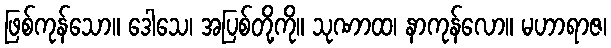
ဖြစ်ကုန်သော။ ဒေါသေ၊ အပြစ်တို့ကို။ သုဏာထ၊ နာကုန်လော။ မဟာရာဇ၊